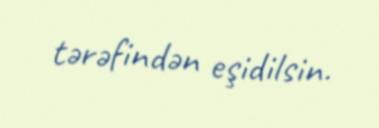
tərəfindən eşidilsin.